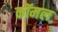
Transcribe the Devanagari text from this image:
कॉमल